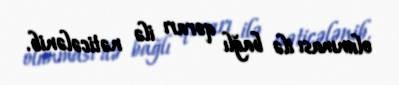
olunması ilə bağlı qərarı ilə nəticələnib.